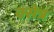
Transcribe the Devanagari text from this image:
क्सेत्र